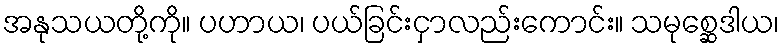
အနုသယတို့ကို။ ပဟာယ၊ ပယ်ခြင်းငှာလည်းကောင်း။ သမုစ္ဆေဒါယ၊